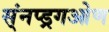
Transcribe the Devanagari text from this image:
स्ंनप्ड्रगओण